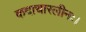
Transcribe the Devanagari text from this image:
कदाचारलीनः।